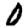
Digit: 0